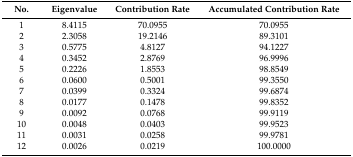
<table><thead><tr><td><b>No.</b></td><td><b>Eigenvalue</b></td><td><b>Contribution Rate</b></td><td><b>Accumulated Contribution Rate</b></td></tr></thead><tbody><tr><td>1</td><td>8.4115</td><td>70.0955</td><td>70.0955</td></tr><tr><td>2</td><td>2.3058</td><td>19.2146</td><td>89.3101</td></tr><tr><td>3</td><td>0.5775</td><td>4.8127</td><td>94.1227</td></tr><tr><td>4</td><td>0.3452</td><td>2.8769</td><td>96.9996</td></tr><tr><td>5</td><td>0.2226</td><td>1.8553</td><td>98.8549</td></tr><tr><td>6</td><td>0.0600</td><td>0.5001</td><td>99.3550</td></tr><tr><td>7</td><td>0.0399</td><td>0.3324</td><td>99.6874</td></tr><tr><td>8</td><td>0.0177</td><td>0.1478</td><td>99.8352</td></tr><tr><td>9</td><td>0.0092</td><td>0.0768</td><td>99.9119</td></tr><tr><td>10</td><td>0.0048</td><td>0.0403</td><td>99.9523</td></tr><tr><td>11</td><td>0.0031</td><td>0.0258</td><td>99.9781</td></tr><tr><td>12</td><td>0.0026</td><td>0.0219</td><td>100.0000</td></tr></tbody></table>